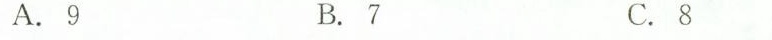
A.9 B.7 C.8